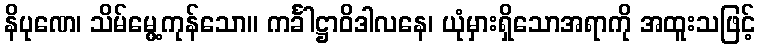
နိပုဏေ၊ သိမ်မွေ့ကုန်သော။ ကင်္ခါဋ္ဌာဝိဒါလနေ၊ ယုံမှားရှိသောအရာကို အထူးသဖြင့်